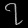
Digit: ၇